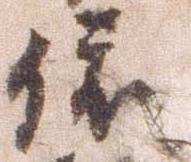
依